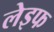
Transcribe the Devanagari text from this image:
लेइफ